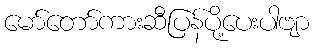
မော်တော်ကားဆီပြန်ပို့ပေးပါဗျာ